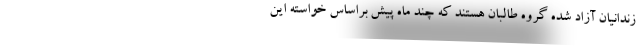
زندانیان آزاد شده گروه طالبان هستند که چند ماه پیش براساس خواسته این